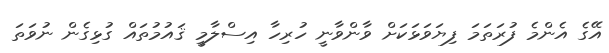
އޭގެ އެންމެ ފުރަތަމަ ފިޔަވަޅަކަށް ވާންވާނީ ހުރިހާ އިސްލާމީ ޤައުމުތައް ގުޅިގެން ނުވަތަ